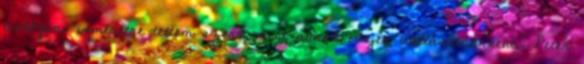
teológiai ismeretre tettem szert, mint annak idején vallástanárként.” Peter